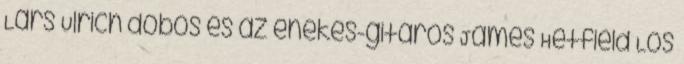
Lars Ulrich dobos és az énekes-gitáros James Hetfield Los